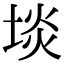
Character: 埮